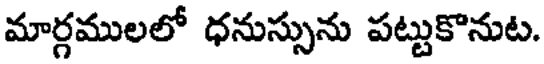
మార్గములలో ధనుస్సును పట్టుకొనుట.